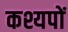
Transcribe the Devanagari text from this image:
कश्यपों